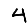
Digit: 4